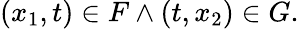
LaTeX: (x_{1},t)\in F\land(t,x_{2})\in G.